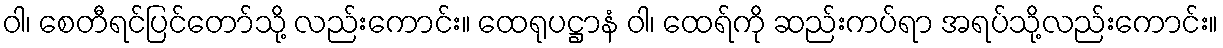
ဝါ၊ စေတီရင်ပြင်တော်သို့ လည်းကောင်း။ ထေရုပဋ္ဌာနံ ဝါ၊ ထေရ်ကို ဆည်းကပ်ရာ အရပ်သို့လည်းကောင်း။